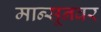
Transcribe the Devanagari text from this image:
मान्सूनवर